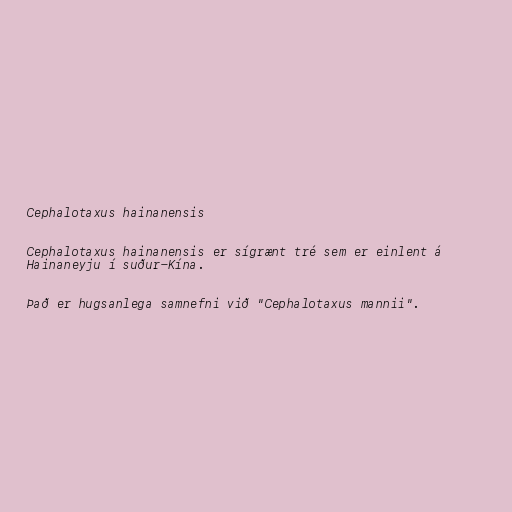
Cephalotaxus hainanensis

Cephalotaxus hainanensis er sígrænt tré sem er einlent á
Hainaneyju í suður-Kína.

Það er hugsanlega samnefni við "Cephalotaxus mannii".